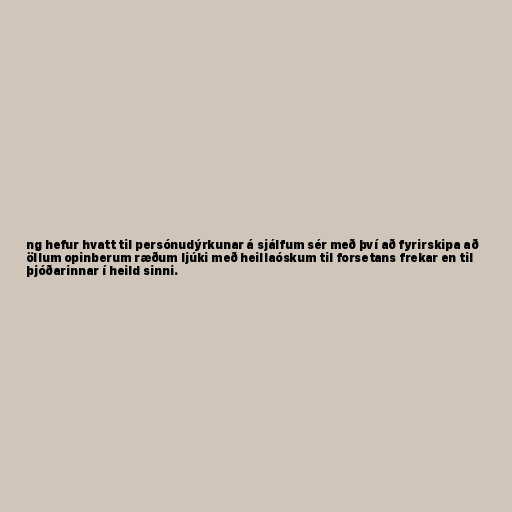
ng hefur hvatt til persónudýrkunar á sjálfum sér með því að fyrirskipa að
öllum opinberum ræðum ljúki með heillaóskum til forsetans frekar en til
þjóðarinnar í heild sinni.